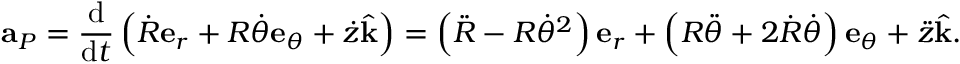
\mathbf { a } _ { P } = { \frac { \mathrm { d } } { { \mathrm { d } } t } } \left( { \dot { R } } \mathbf { e } _ { r } + R { \dot { \theta } } \mathbf { e } _ { \theta } + { \dot { z } } { \hat { \mathbf { k } } } \right) = \left( { \ddot { R } } - R { \dot { \theta } } ^ { 2 } \right) \mathbf { e } _ { r } + \left( R { \ddot { \theta } } + 2 { \dot { R } } { \dot { \theta } } \right) \mathbf { e } _ { \theta } + { \ddot { z } } { \hat { \mathbf { k } } } .